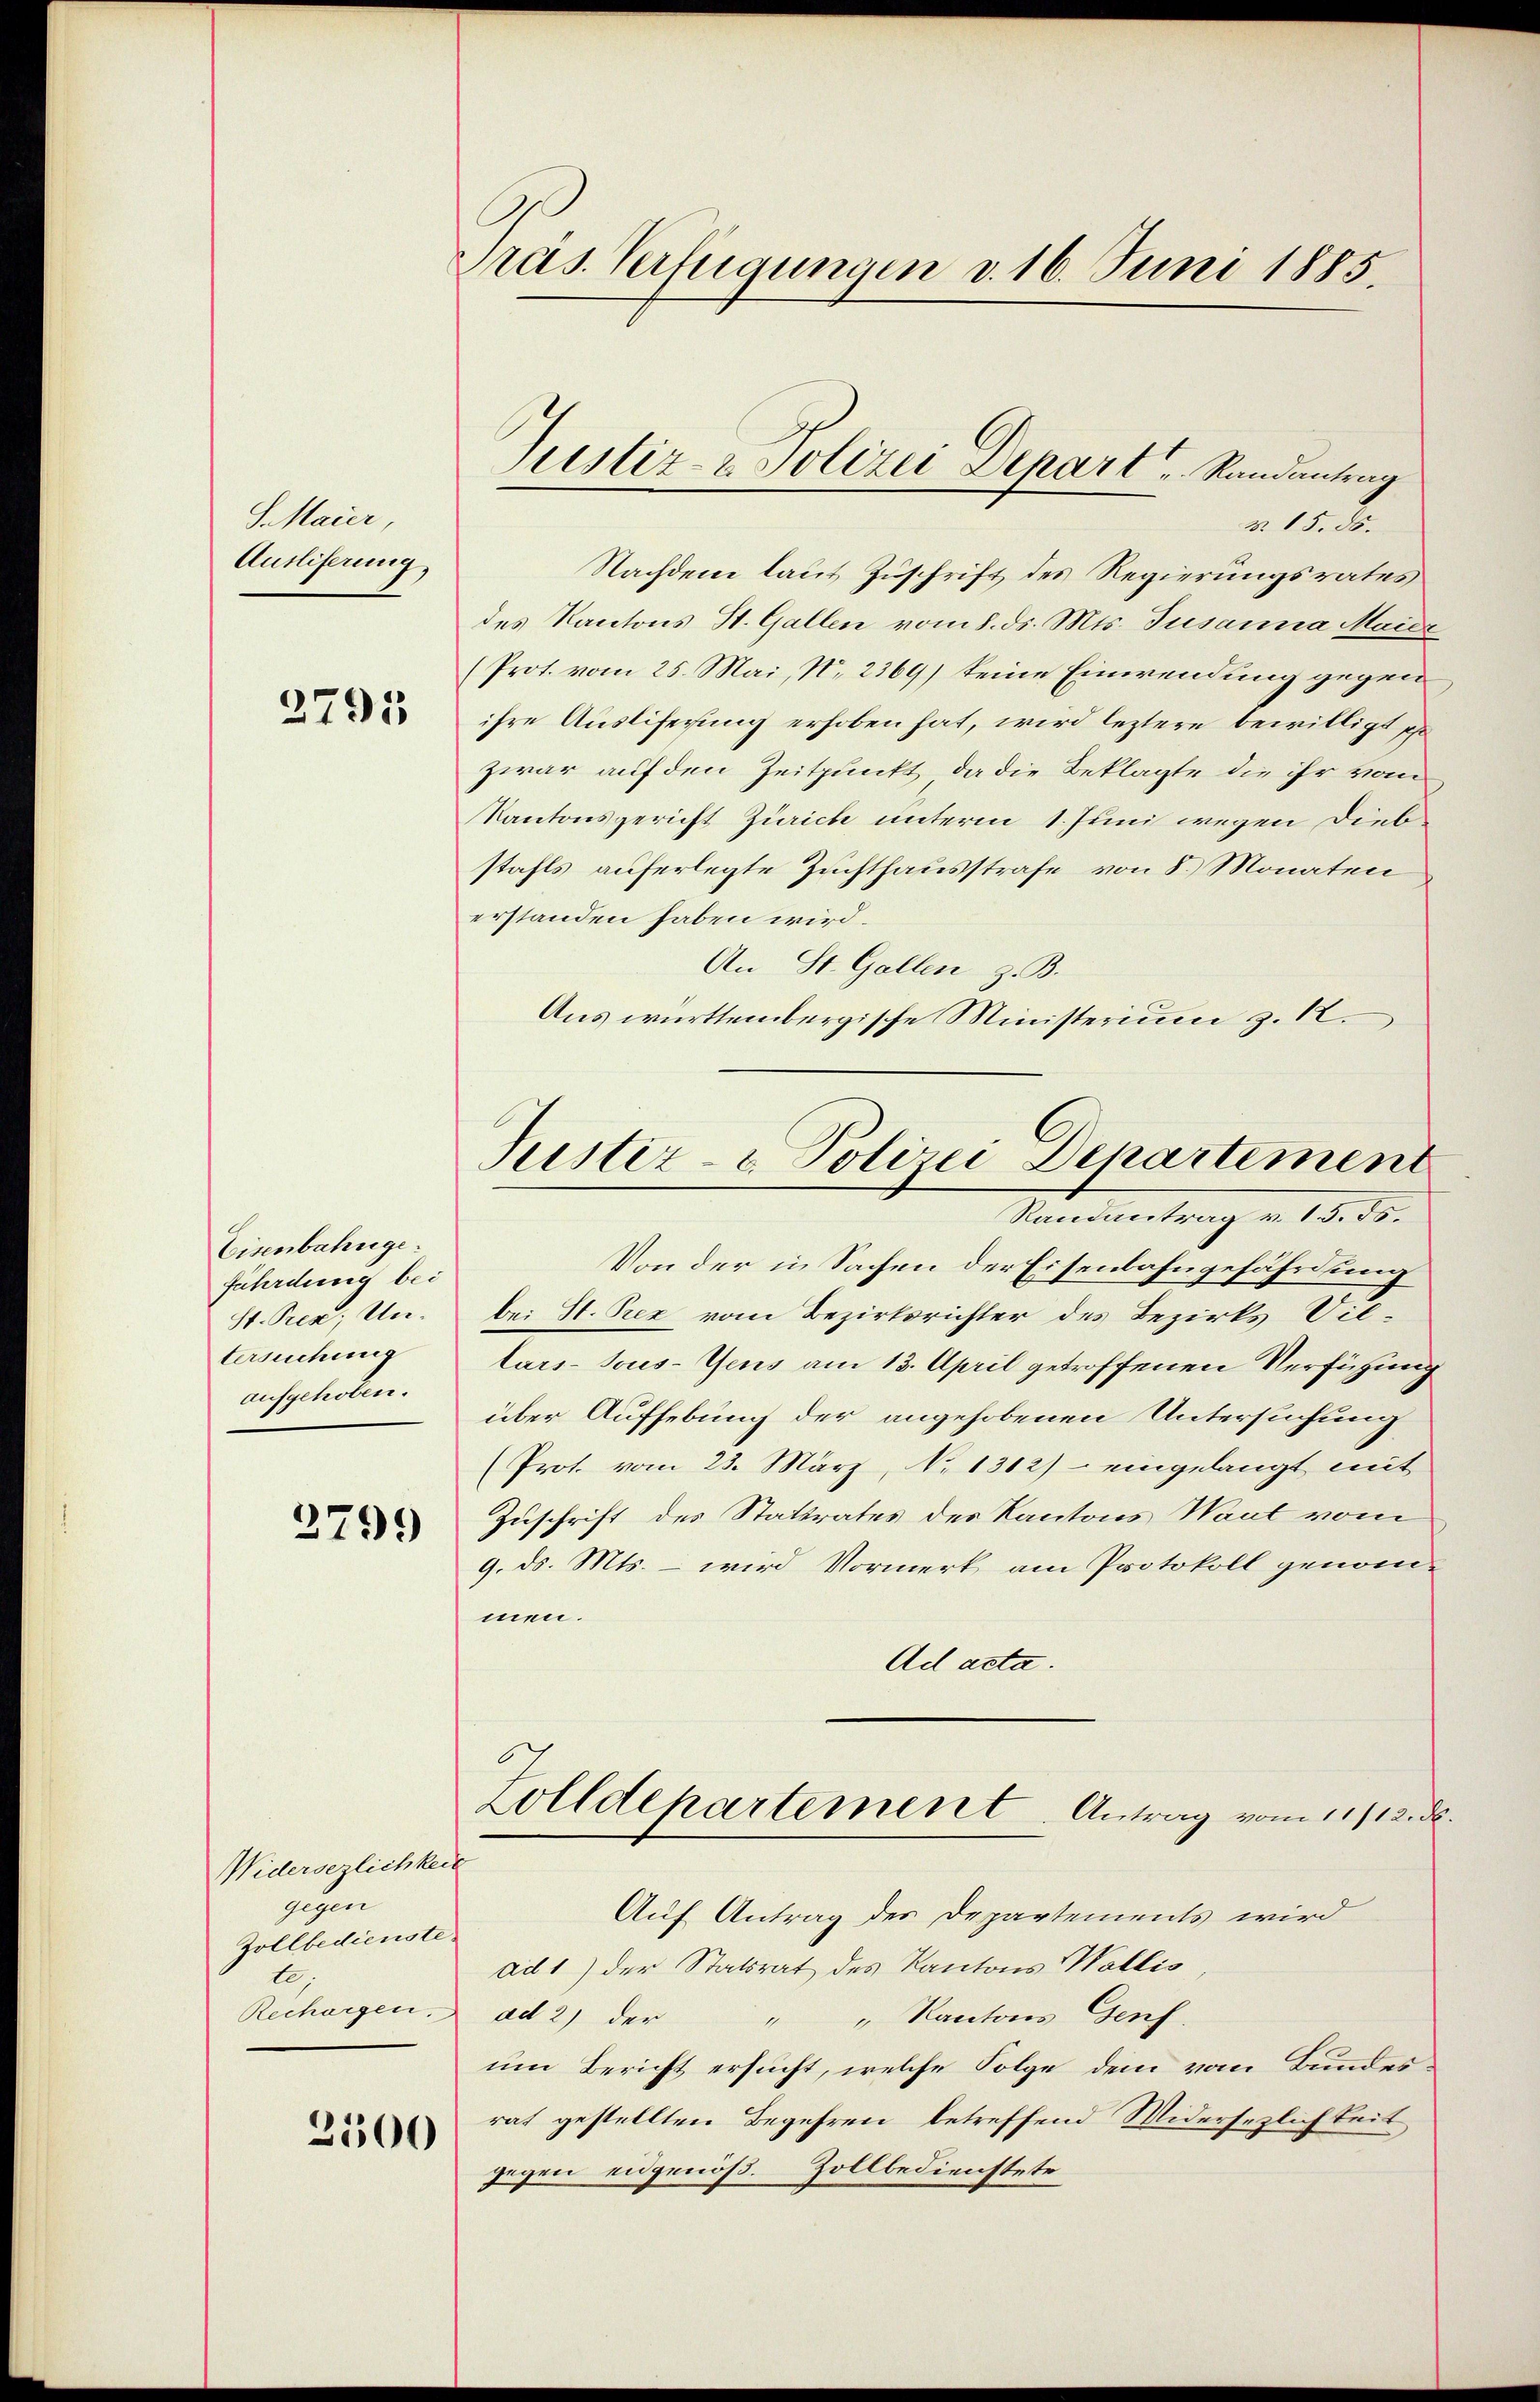
S. Maier
Ausliferung,

2795

Eisenbahnge
fährdung bei
tersuchung
aufgehoben.

3799

Widerserlichkeit
gehen
Zollbedienste
te

2500

Präs. Verfügungen d. 16. Juni 1885.

Justiz- & Polizei Depart u. Randantrag

o. 1835.
Nachdem laut Zuschrift des Regierungsrates
des Kantons St. Gallen vom 8. ds. Mts. Tusanna Maide
(Prot. vom 25. Mai, N. 2369) keine Einwendung gegen
ihre Ausliferung erhoben hat, wird leztere bewilligt se
zwar auf den Zeitpunkt, da die Beklagte die ihr vom
Kantonsgericht Zürich unterm 1. Juni wegen Diebstahls auferlegte Zuchthausstrafe von 8. Monaten
erstanden haben wird.
An St. Gallen z. B.
Aus württembergische Ministerium z. 12.

Justiz & Polizei Departement
Vandantung v. 18. ds.

Von der in Sachen der Eisenbahngefährdung
St. Pez; Un. bei St. Pez vom Bezirksrichter des Bezirks Villars-Tous-Gens am 13. April getroffenen Verfügung
über Aufhebung der angehobenen Untersuchung
(Prot. vom 23. März, No 1312) - eingelangt mit
Zuschrift des Stattrates des Kantons Waut vom
9. ds. Mts. – wird Vormerk am Protokoll genommen.
Ad acta.
Zolldepartement. Antrag vom 11/12. ds
Auf Antrag der Departements wird
ad 1) der Statsrat des Kantons Wallis
Rechargen. ad 2) der " " Kantons Genf,
um Bericht ersucht, welche Folge dem vom Bundesrat gestellten Begehren betreffend Widersezlichkeit
gegen eidgenöß. Zollbedienstete